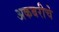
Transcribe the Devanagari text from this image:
अकबरीचे